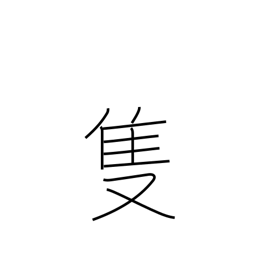
Meaning: one of a pair